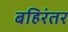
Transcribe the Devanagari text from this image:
बहिरंतर